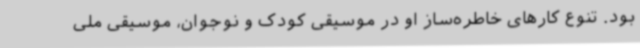
بود. تنوع کارهای خاطره‌ساز او در موسیقی کودک و نوجوان، موسیقی ملی